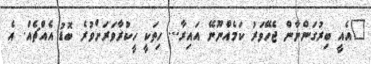
"އެއީ ބިރުގަންނާން ޖެހޭވަރު ކަމެއްނޫނޭ އައިރާ... ހިތަކީ ހީކުރާވަރަށްވުރެ ބޮޑު އެއްޗެއް. އެ